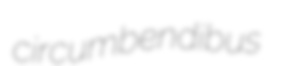
circumbendibus